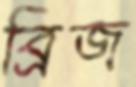
ব্রিজ